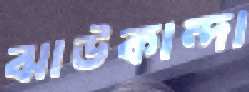
ঝাউকান্দা